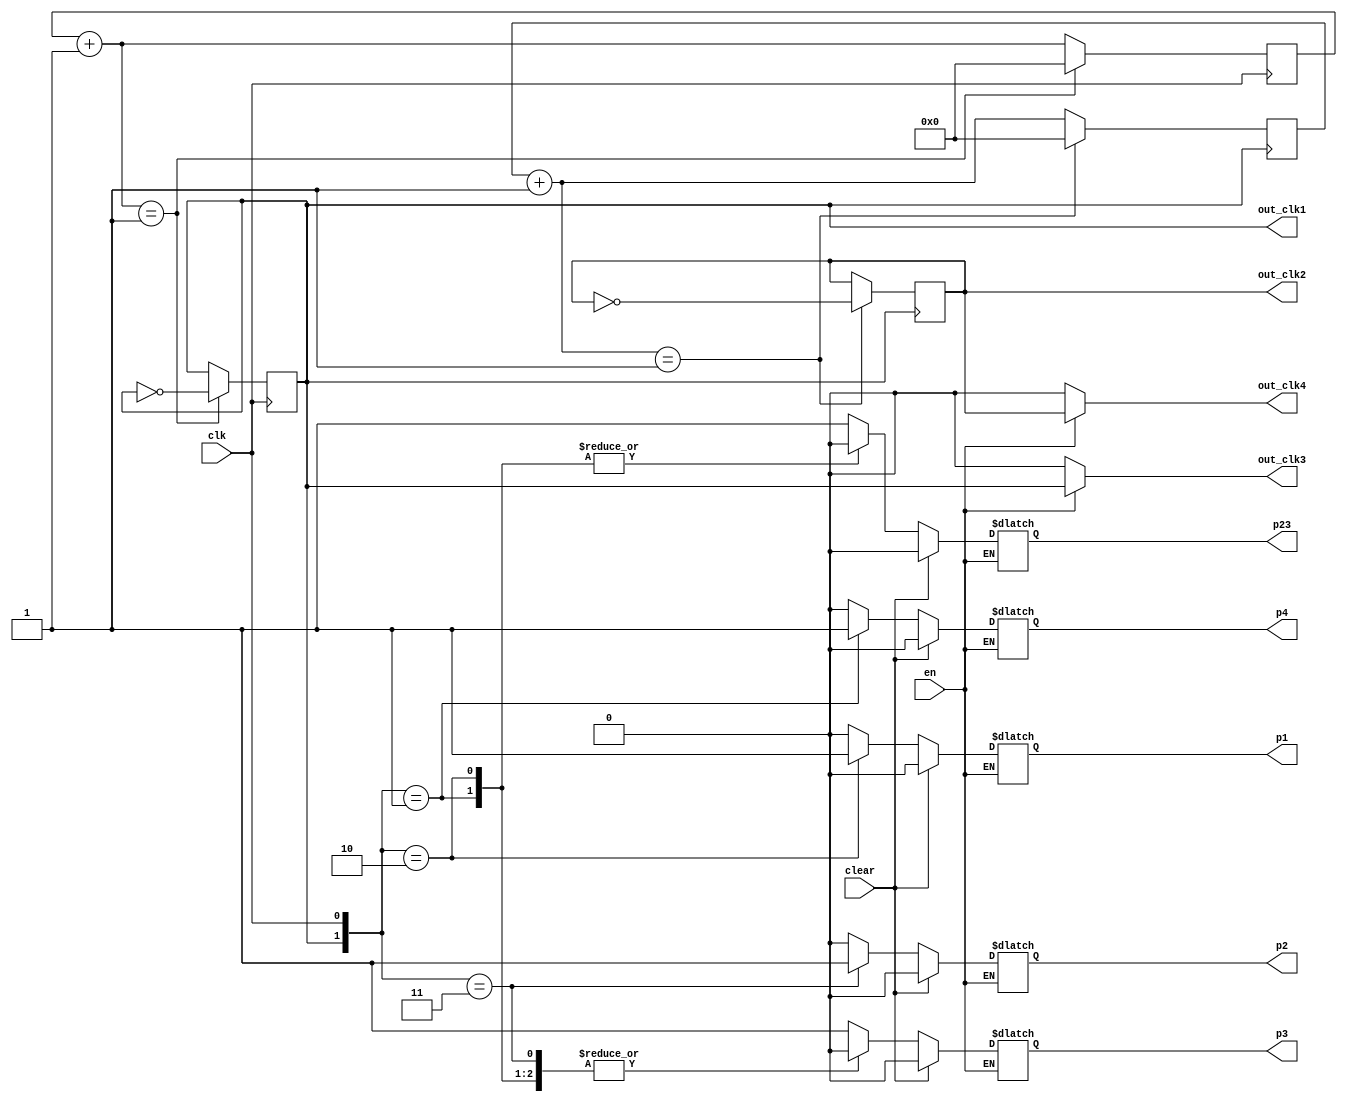
module pulse_clock (clk, out_clk1, out_clk2, out_clk3, out_clk4, en, clear, p1, p2, p3, p4, p23);

input clk;
input en;
input clear;

output reg out_clk1;
output reg out_clk2;
output reg out_clk3;
output reg out_clk4;


output reg p1, p2, p3, p4, p23;

wire [1:0] clock;

parameter limit1=1;

reg [25:0] count1 = 0;
reg [25:0] count2 = 0;


	
	always@(negedge clk)
	begin
		count1 = count1 + 1; 
		if(count1 == limit1)
		begin
				count1 <= 0;
				out_clk1 <= ~out_clk1;
		end
	end
	
	always@(posedge out_clk1)
	begin
		count2 = count2 + 1; 
		if(count2 == limit1) begin
				count2 <= 0 	;
				out_clk2 <= ~out_clk2;
		end
	end
	
	assign clock={out_clk1, clk};
	
	
	always@(clk)
		begin
		
		out_clk3 <= out_clk1;
		out_clk4 <= out_clk2;
		
		case (en)
	
		1'b0:
		begin
			out_clk3 <= 1'b0;
			out_clk4 <= 1'b0;
			
		end
				
				1'b1:
				
				case (clear)
				1'b1:
				begin
					
					p1 	<= 1'b0;
					p2 	<= 1'b0;
					p3 	<= 1'b0;
					p4 	<= 1'b0;
					p23 	<= 1'b0;
				end
		
		
				1'b0:
			
				case(clock)
				2'b00:
				begin
					p1 	<= 1'b0;
					p2 	<= 1'b0;
					p3 	<= 1'b1;
					p4 	<= 1'b0;
					p23 	<= 1'b1;
				end
			
				2'b01:
				begin
					p1 	<= 1'b0;
					p2 	<= 1'b0;
					p3 	<= 1'b0;
					p4 	<= 1'b1;
					p23 	<= 1'b0;
				end
				
				2'b10:
				begin
					p1 	<= 1'b1;
					p2 	<= 1'b0;
					p3 	<= 1'b0;
					p4 	<= 1'b0;
					p23 	<= 1'b0;
				end
				
				2'b11:
				begin
					p1 	<= 1'b0;
					p2 	<= 1'b1;
					p3 	<= 1'b0;
					p4 	<= 1'b0;
					p23 	<= 1'b1;
				end
				endcase
				
		endcase
		
	endcase
	end
	
endmodule